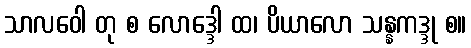
သာလဝေါ တု စ လောဒ္ဒေါ ထ၊ ပိယာလော သန္နကဒ္ဒု စ။